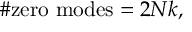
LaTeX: \# \mathrm { z e r o ~ m o d e s } = 2 N k ,